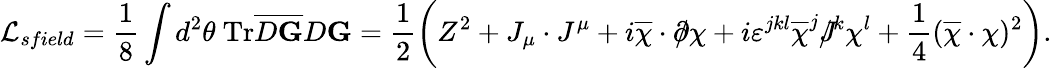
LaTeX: {\cal L}_{sfield}=\frac 18\int d^{2}\theta~\mathrm{Tr}\overline{{{D{\mathbf G}}}}D{\mathbf G}=\frac 12\left(Z^{2}+J_{\mu}\cdot J^{\mu}+i\overline{{{\chi}}}\cdot\partial\! \! \! /\chi+i\varepsilon^{jkl}\overline{{{\chi}}}^{j}J\! \! \! \! /^{k}\chi^{l}+\frac 14(\overline{{{\chi}}}\cdot\chi)^{2}\right).